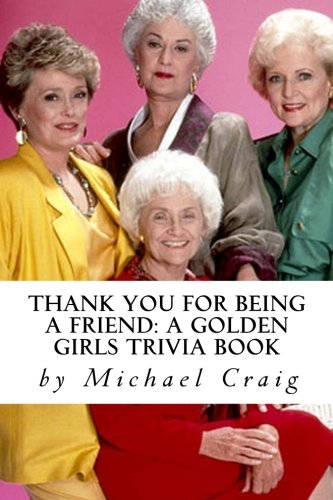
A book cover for Thank You for Being a Friend: A Golden Girls Trivia Book; Michael D. Craig; Humor & Entertainment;